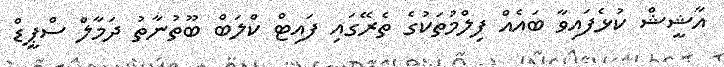
އާޝީޝް ކުޅެފައިވާ ބައެއް ފިލްމުތަކުގެ ތެރޭގައި ފައިޓް ކްލަބް ބޫތުނާތު ދަމާލް ސްޕީޑް